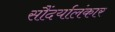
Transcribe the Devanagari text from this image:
सौंदर्यालंकार